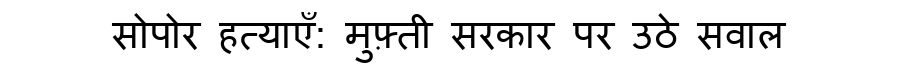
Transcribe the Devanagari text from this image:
सोपोर हत्याएँ: मुफ़्ती सरकार पर उठे सवाल